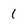
Character: 1